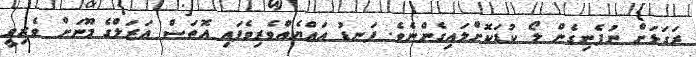
ރަގަޅަށް ނުފެނިގެން ލޯ ކުޑަކޮށްލައިގެންނެވެ. ފަނޑު އައްޔެއްވެރިވެފައި އޮތަސް އަޒަލްގެ މޫނަށް ވެރިވީ